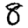
Digit: 8